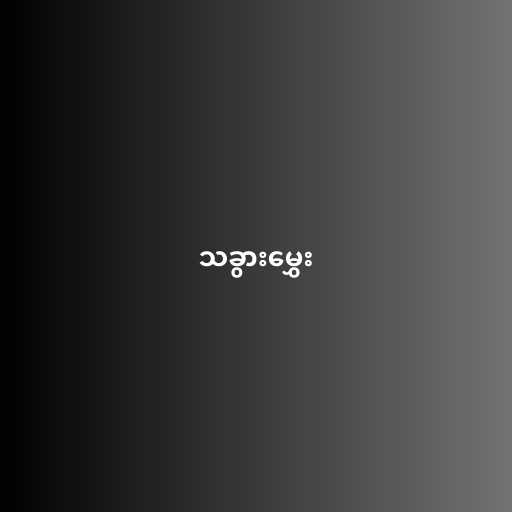
သခွားမွှေး